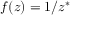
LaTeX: f ( z ) = 1 / z ^ { * }